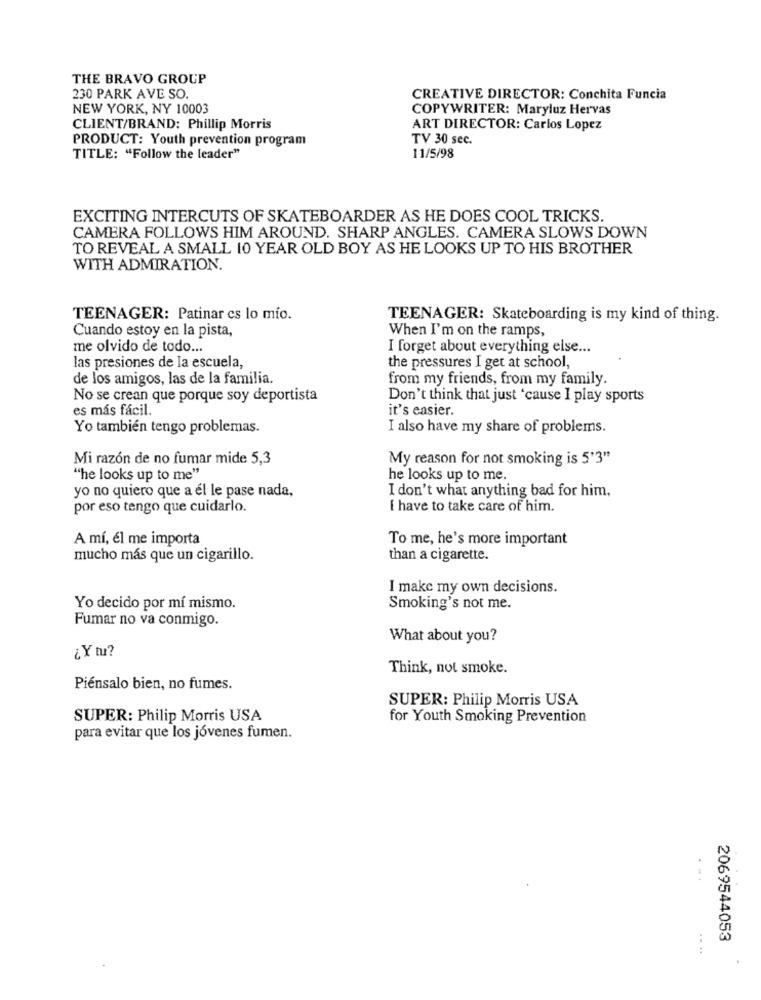
THE BRAVO GROUP
230 PARK AVE SO.
CREATIVE DIRECTOR: Conchita Funcia
NEW YORK, NY 10003
COPYWRITER: Maryluz Hervas
CLIENT/BRAND: Phillip Morris
ART DIRECTOR: Carlos Lopez
PRODUCT: Youth prevention program
TV 30 sec.
TITLE: "Follow the leader"
11/5/98
EXCITING INTERCUTS OF SKATEBOARDER AS HE DOES COOL TRICKS.
CAMERA FOLLOWS HIM AROUND. SHARP ANGLES. CAMERA SLOWS DOWN
TO REVEAL A SMALL 10 YEAR OLD BOY AS HE LOOKS UP TO HIS BROTHER
WITH ADMIRATION.
TEENAGER: Patinar cs lo mio.
TEENAGER: Skateboarding is my kind of thing.
Cuando estoy en la pista,
When I'm on the ramps,
me olvido de todo ...
I forget about everything else ...
las presiones de la escuela,
the pressures I get at school,
de los amigos, las de la familia.
from my friends, from my family.
No se crean que porque soy deportista
Don't think that just 'cause I play sports
es más fácil.
it's easier.
Yo también tengo problemas.
I also have my share of problems.
Mi razón de no fumar mide 5,3
My reason for not smoking is 5'3"
"he looks up to me"
he looks up to me.
yo no quiero que a él le pase nada,
I don't what anything bad for him,
por eso tengo que cuidarlo.
I have to take care of him.
A mí, él me importa
To me, he's more important
mucho más que un cigarillo.
than a cigarette.
I make my own decisions.
Yo decido por mí mismo.
Smoking's not me.
Fumar no va conmigo.
What about you?
¿Y tu?
Think, not smoke.
Piénsalo bien, no fumes.
SUPER: Philip Morris USA
SUPER: Philip Morris USA
for Youth Smoking Prevention
para evitar que los jóvenes fumen.
2069544053
.. ..